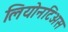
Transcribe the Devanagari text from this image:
लियोनटिअस